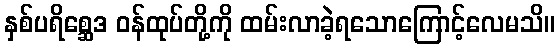
နှစ်ပရိစ္ဆေဒ ဝန်ထုပ်တို့ကို ထမ်းလာခဲ့ရသောကြောင့်လေမသိ။